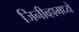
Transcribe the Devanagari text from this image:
जिनीव्हामध्ये